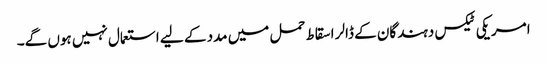
امریکی ٹیکس دہندگان کے ڈالر اسقاط حمل میں مدد کے لیے استعمال نہیں ہوں گے۔